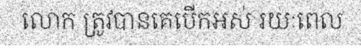
លោក ត្រូវបានគេបើកអស់ រយៈពេល